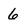
Character: 6